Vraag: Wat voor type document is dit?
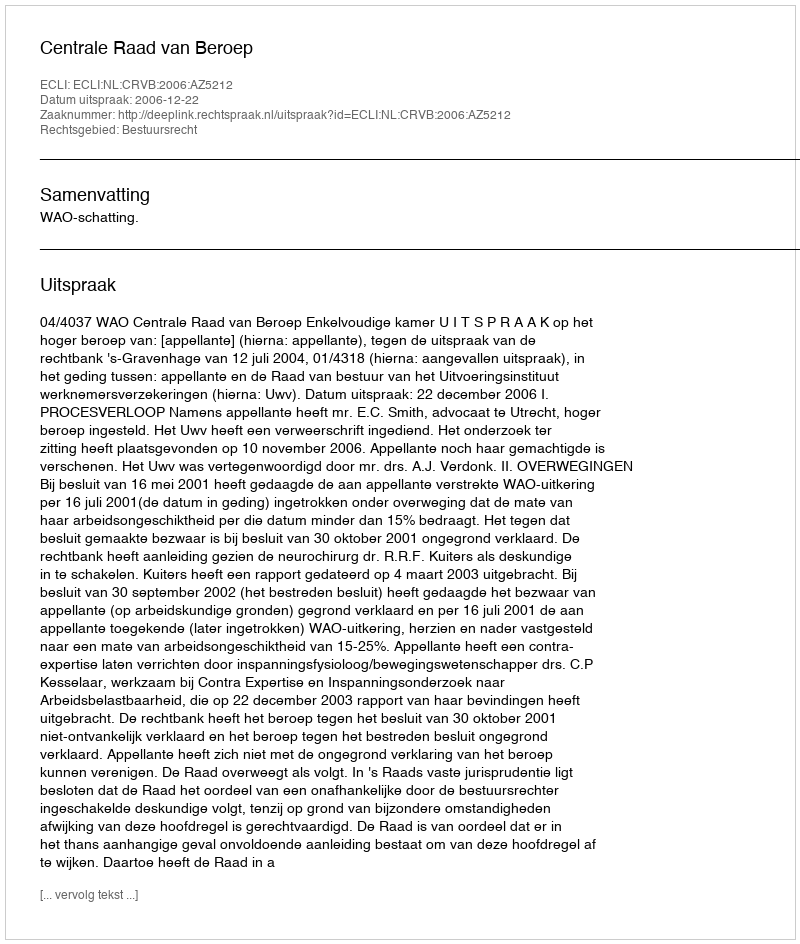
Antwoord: Uitspraak